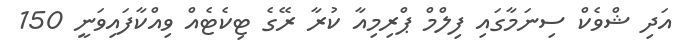
އަދި ޝްވެކް ސިނަމާގައި ފިލްމް ޕްރިމިއާ ކުރާ ރޭގެ ޓިކެޓެއް ވިއްކާފައިވަނީ 150